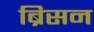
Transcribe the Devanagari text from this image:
ब्रिसन